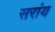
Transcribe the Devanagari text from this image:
सरांय